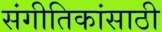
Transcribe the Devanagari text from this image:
संगीतिकांसाठी